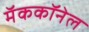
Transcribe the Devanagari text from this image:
मॅककॉनेल